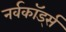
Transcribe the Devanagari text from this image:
नर्वकॉर्ड्स